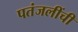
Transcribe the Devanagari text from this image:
पतंजलींची